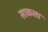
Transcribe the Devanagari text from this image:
साकला